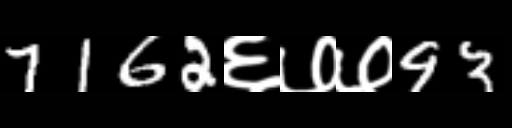
Text: 7162६७७93